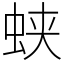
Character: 蛱